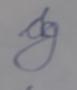
Signature authenticity: forged